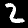
Label: 2